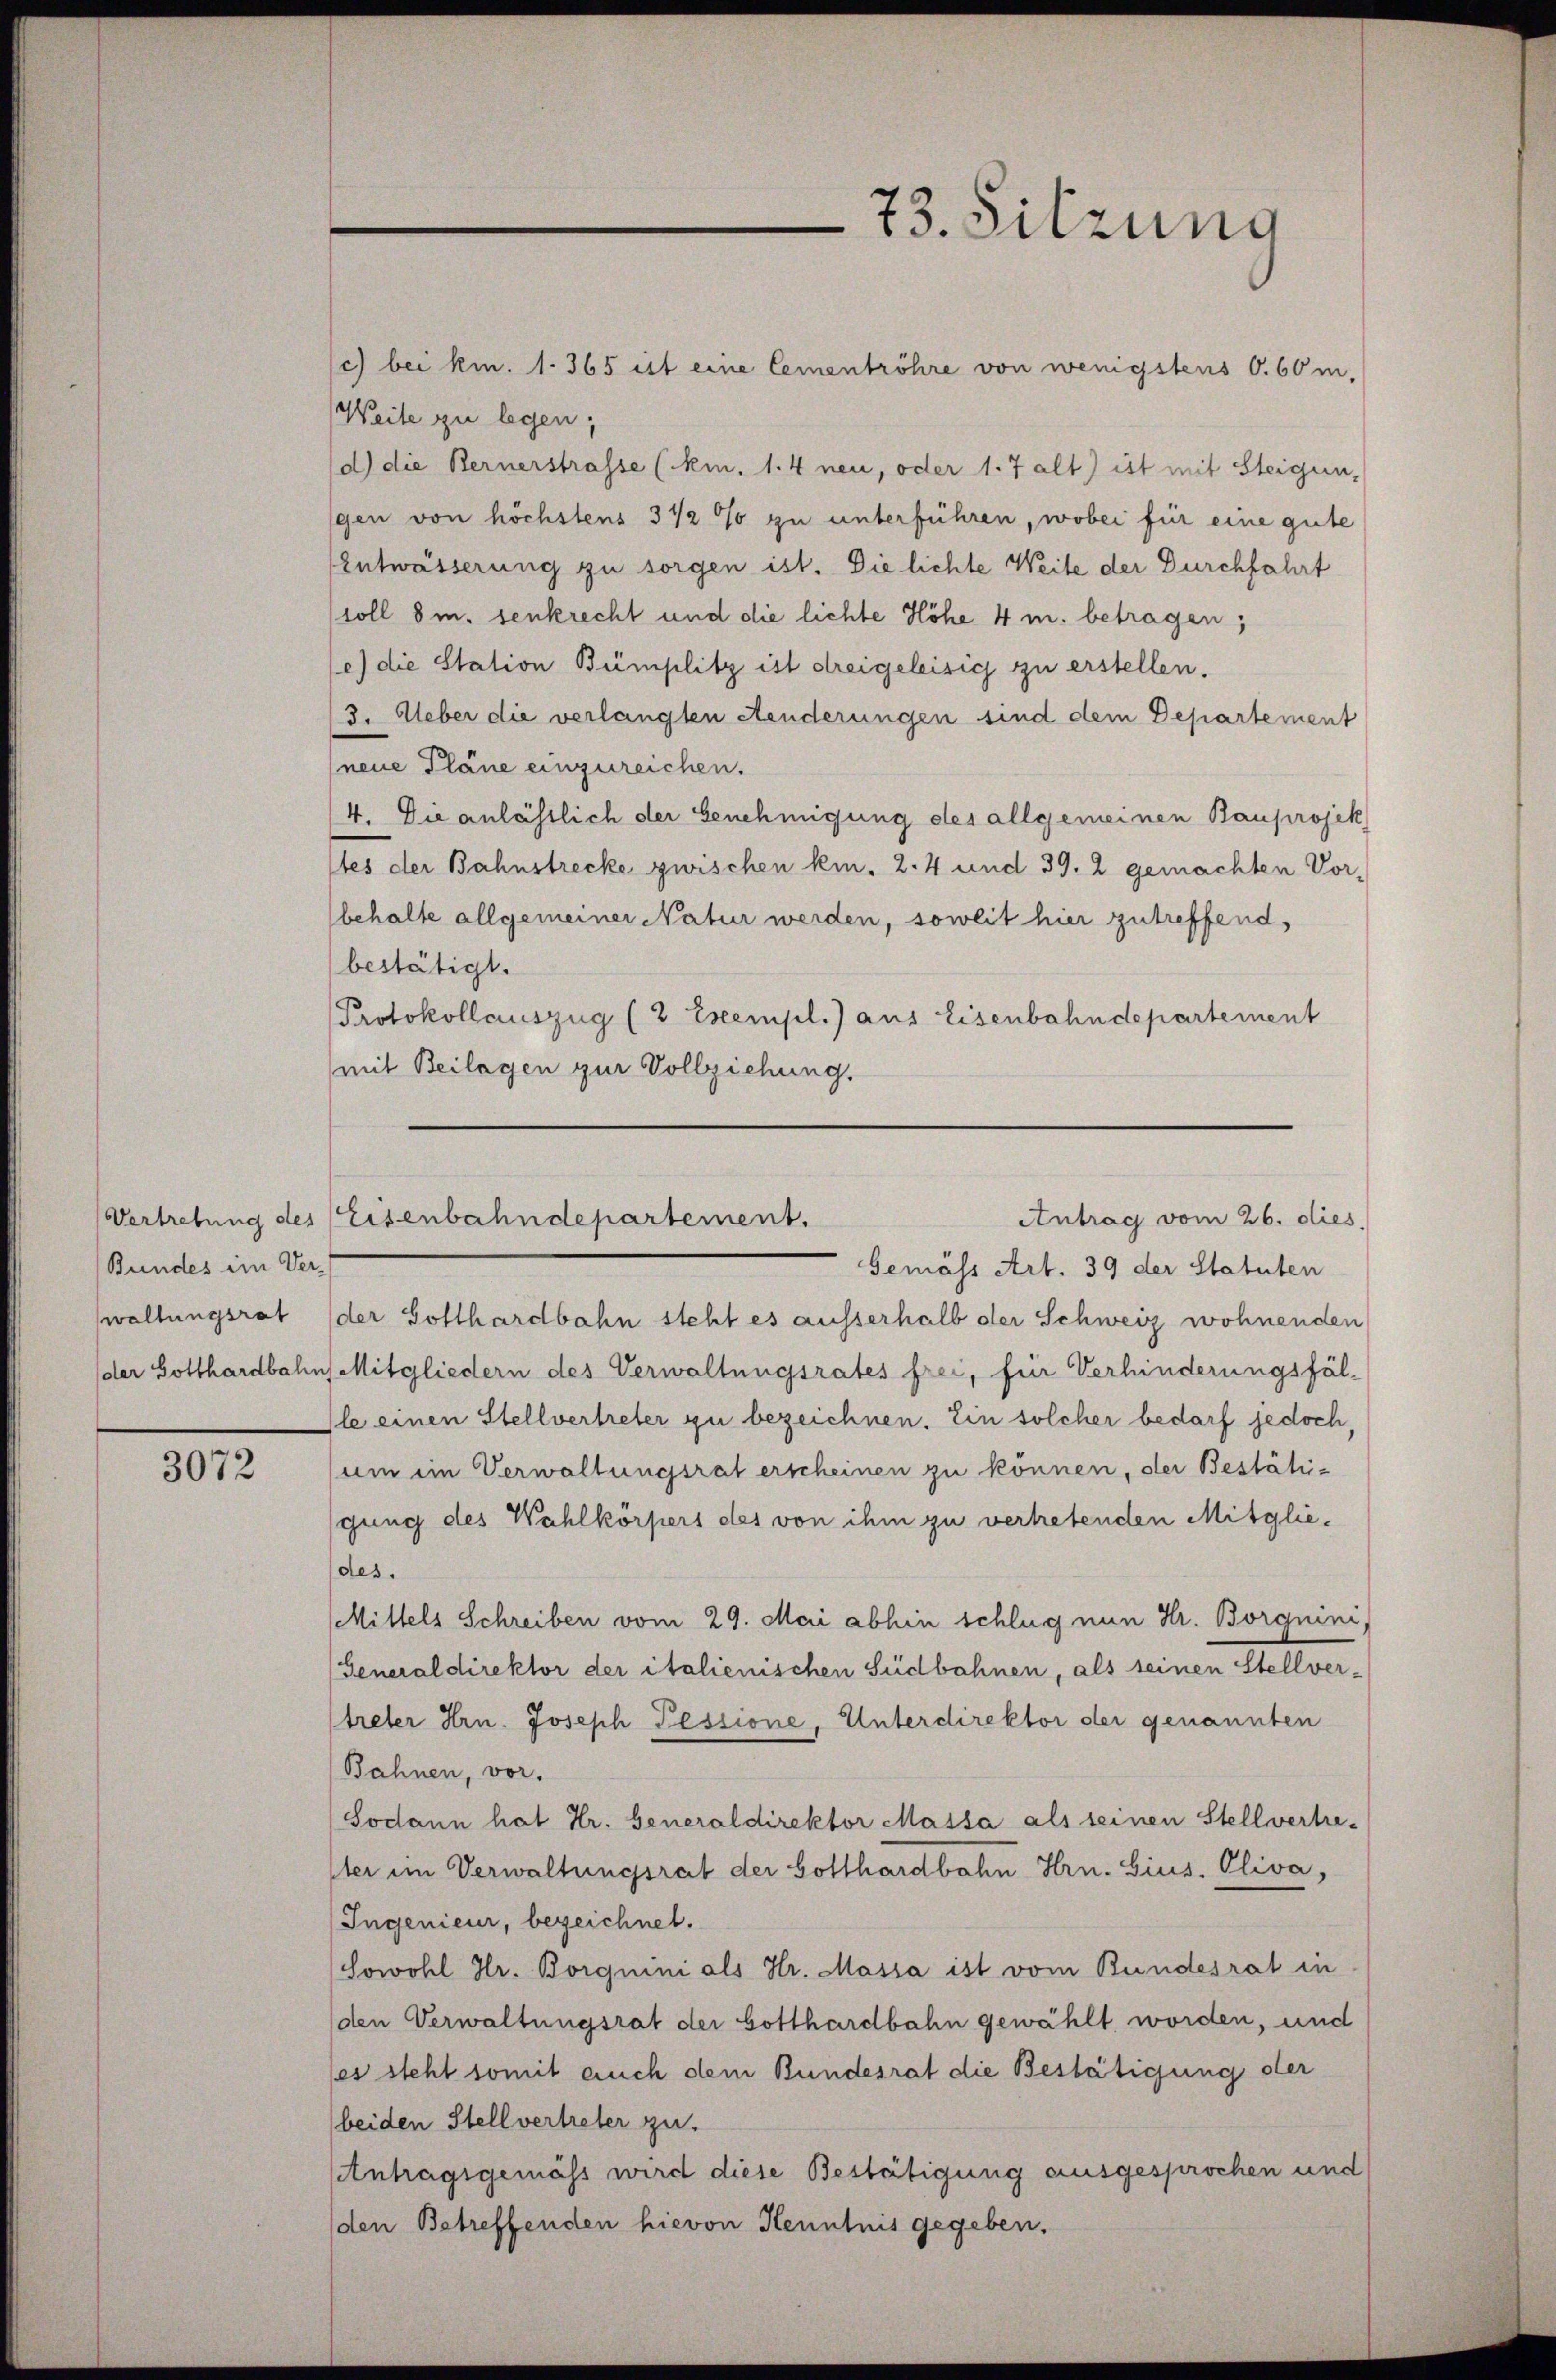
Bundes im Ver-

3072

c) bei km. 1. 365 ist eine Cementröhre von wenigstens O.60 m.
Weite zu legen,
d) die Bernerstrasse (ki. 1. 4 neu, oder 1. 7 alt) ist mit Steigen,
gen von höchstens 3 ½ % zu unterführen, wobei für eine gute
Entwässerung zu sorgen ist. Die lichte Weite der Durchfahrt
(soll 8 m. senkrecht und die lichte Höhe 4 m. betragen;
c) die Station Bümplitz ist dreigeleisig zu erstellen.
3. Ueber die verlangten Aenderungen sind dem Departement
neue Pläne einzureichen.
4. Die anlässlich der Genehmigung des allgemeinen Bauprojek
tes der Bahnstrecke zwischen kin. 2. 4 und 39. 2 gemachten Vorbehalte allgemeiner Natur werden, soweit hier zutreffend,
bestätigt.
Protokollauszug (2 Exempl.) aus Eisenbahndepartement
mit Beilagen zur Vollziehung.

73. Sitzung

Gemäss Art. 39 der Statuten
wallungsrat der Gotthardbahn steht es ausserhalb der Schweiz wohnenden
der Gotthardbahn Mitgliedern des Verwaltungsrates frei, für Verhinderungsfälle einen Stellvertreter zu bezeichnen. Ein solcher bedarf jedoch,
um im Verwaltungsrat erscheinen zu können, der Bestätigung des Wahlkörpers des von ihm zu verhetenden Mitgliedes.
Mittels Schreiben vom 29. Mai abhin schlug nun Hr. Borgnini,
(Generaldirektor der italienischen Südbahnen, als seinen Stellver-
treter Hrn. Joseph Pessione, Unterdirektor der genannten
Bahnen, vor.
Sodann hat Hr. Generaldirektor Massa als seinen Stellvertre-
ter im Verwaltungsrat der Gotthardbahn Hrn. Gius. Oliva,
Ingenieur, bezeichnet.
Sowohl Hr. Borgnini als Hr. Massa ist vom Bundesrat in
(den Verwaltungsrat der Gotthardbahn gewählt worden, und
les steht somit auch dem Bundesrat die Bestätigung der
beiden Stellvertreter zu.
Antragsgemäss wird diese Bestätigung ausgesprochen und
(den Betreffenden hievon Kenntnis gegeben.

Antrag vom 26. dies
Vertretung des Eisenbahndepartement.